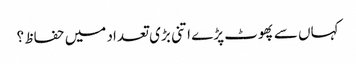
کہاں سے پھوٹ پڑے اتنی بڑی تعداد میں حفاظ ؟